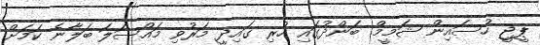
ޕީޖީ ހުސައިން ޝަމީމް. ބަންދުގައި ހުރި ގައިދީ މަރުވި މައްސަލަ ބަލާނެ ކަމަށް